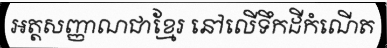
អត្តសញ្ញាណជាខ្មែរ នៅលើទឹកដីកំណើត